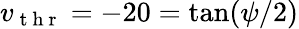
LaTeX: v_{\mathrm{~t~h~r~}}=-20=\tan(\psi/2)